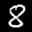
Label: 8